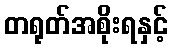
တရုတ်အစိုးရနှင့်